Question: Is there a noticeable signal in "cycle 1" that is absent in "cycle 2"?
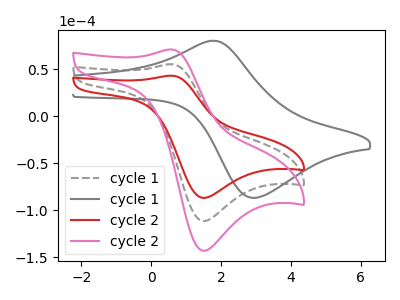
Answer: <think>The gray dashed curve "cycle 1" has an anodic peak at (0.60V, 55.20uA) and a cathodic peak at (1.50V, -111.40uA). The gray curve "cycle 1" has an anodic peak at (1.75V, 80.15uA) and a cathodic peak at (2.90V, -86.80uA). The red curve "cycle 2" has an anodic peak at (0.60V, 43.00uA) and a cathodic peak at (1.50V, -86.80uA). The pink curve "cycle 2" has an anodic peak at (0.60V, 110.40uA) and a cathodic peak at (1.50V, -222.85uA).
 All the peaks in "cycle 1" have a peak in "cycle 2" at the same potential. Every peak in "cycle 1" is higher than every peak in "cycle 2".</think>
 <answer>No, "cycle 1" and "cycle 2" don't appear to be significantly different in shape</answer>
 <eval>no_change</eval>